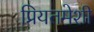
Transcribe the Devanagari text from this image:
प्रियतमेशी